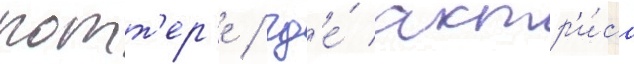
потт'ер'е / гд'е́ актр'и́са